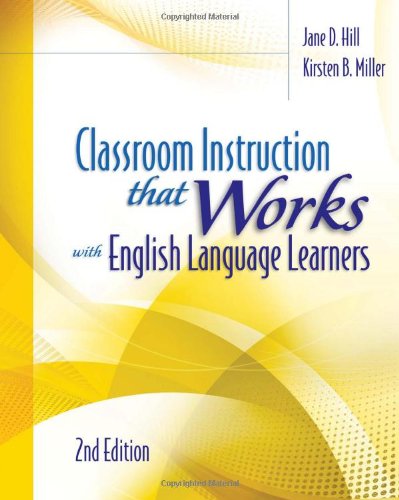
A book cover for Classroom Instruction That Works with English Language Learners, 2nd Edition; Jane D. Hill; Education & Teaching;